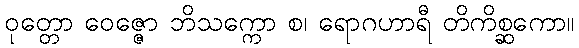
ဝုတ္တော ဝေဇ္ဇော ဘိသက္ကော စ၊ ရောဂဟာရီ တိကိစ္ဆကော။